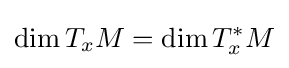
\dim T_{x}M=\dim T_{x}^{*}M